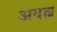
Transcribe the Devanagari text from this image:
अदह्य